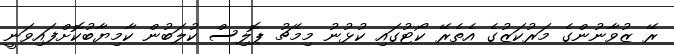
ރޭ ޒުވާނުންގެ މަރުކަޒުގެ އެތެރޭ ކޯޓުގައި ކުޅުނު މިމެޗު ޕޮލިސް ކުލަބުން ކާމިޔާބުކޮށްފައިވަނީ